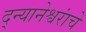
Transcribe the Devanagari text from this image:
द्न्यानेश्वरांचे